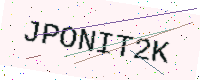
Text: JPONIT2K